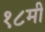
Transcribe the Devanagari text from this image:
१८मी